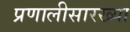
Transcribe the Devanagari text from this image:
प्रणालीसारख्या